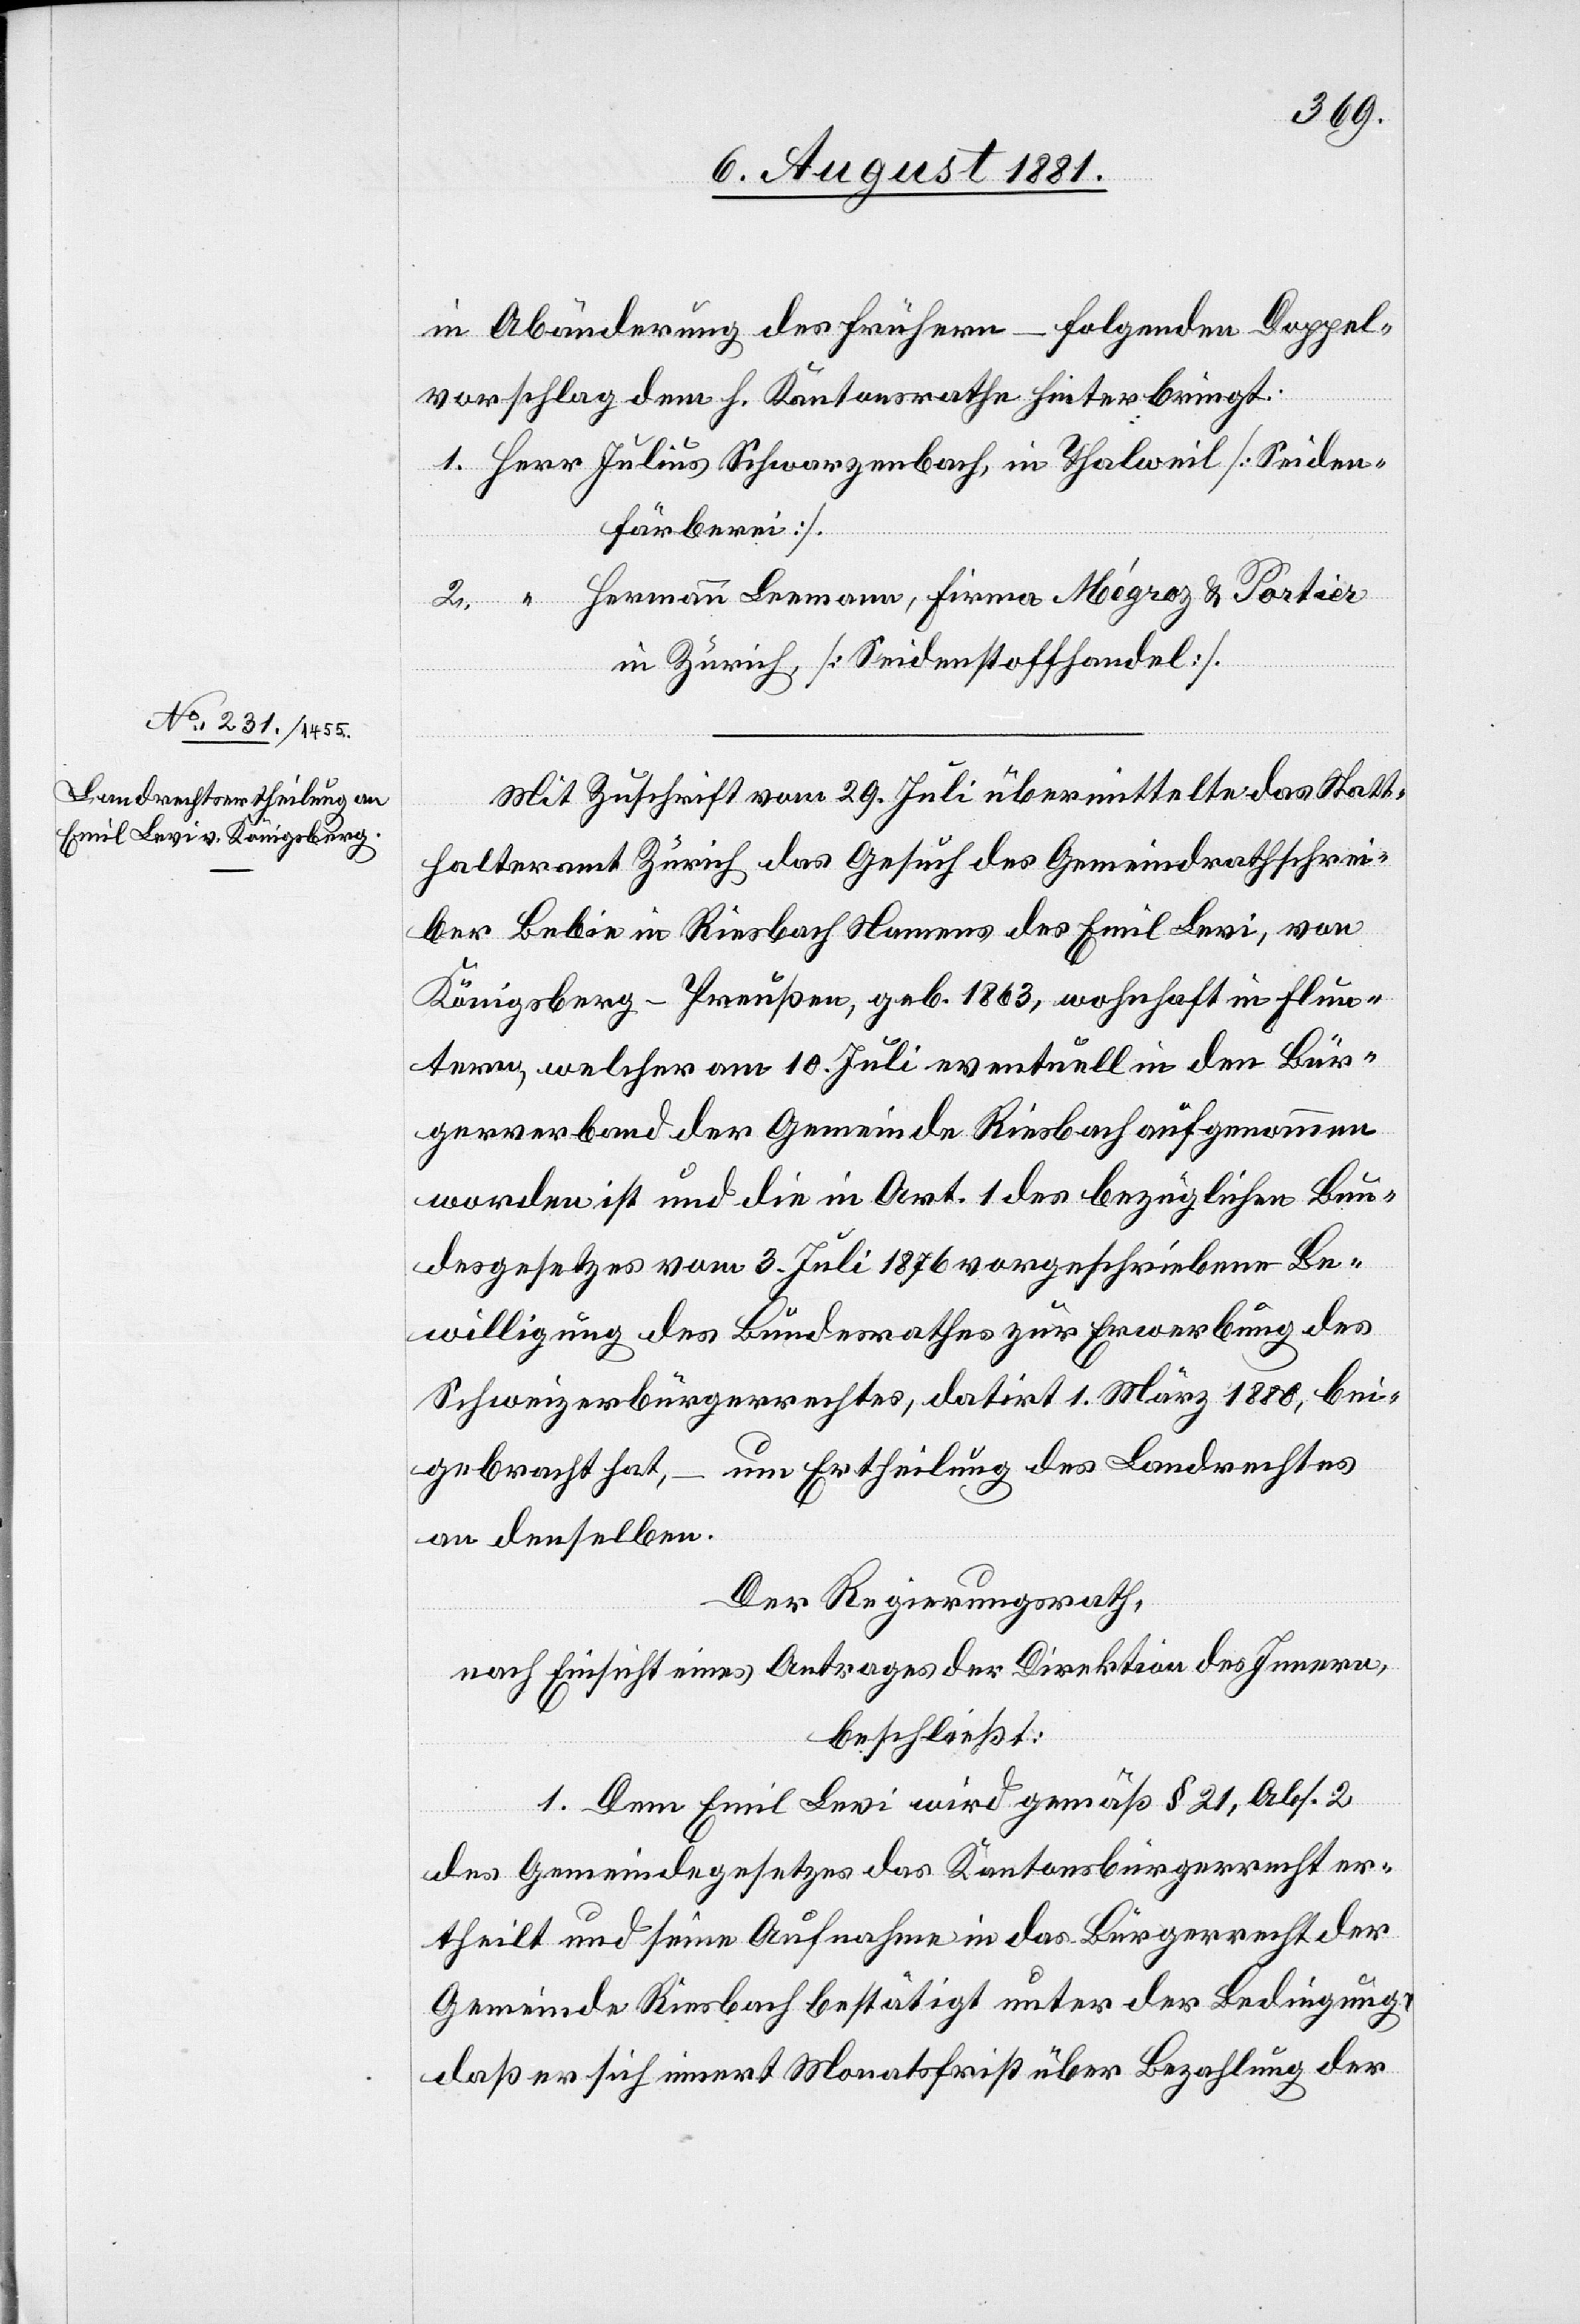
in Abänderung des frühern – folgenden Doppel¬
vorschlag dem h. Kantonsrathe hinterbringt:
Hermann Leemann, Firma Mégroz & Portier
in Zürich [Seidenstoffhandel].
Mit Zuschrift vom 29 Juli übermittelte das Statt¬
halteramt Zürich das Gesuch des Gemeindrathschrei¬
ber Bebie in Riesbach Namens des Emil Levi, von
Königsberg - Preußen, geb. 1863, wohnhaft in Flun¬
tern, welcher am 10. Juli eventuell in den Bür¬
gerverband der Gemeinde Riesbach aufgenommen
worden ist und die in Art. 1 des bezüglichen Bun¬
desgesetzes vom 3. Juli 1876 vorgeschriebene Be¬
willigung des Bundesrathes zur Erwerbung des
Schweizerbürgerrechtes, datirt 1. März 1880, bei¬
gebracht hat, – um Ertheilung des Landrechtes
an denselben.
Der Regierungsrath,
nach Einsicht eines Antrages der Direktion des Innern,
beschließt:
2.
1. Dem Emil Levi wird gemäß § 21, Abs. 2
des Gemeindegesetzes das Kantonsbürgerrecht der
Gemeinde Riesbach bestätigt unter der Bedingung,
daß er sich innert Monatsfrist über Bezahlung der